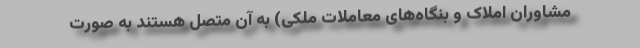
مشاوران املاک و بنگاه‌های معاملات ملکی) به آن متصل هستند به صورت